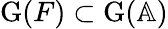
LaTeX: \mathrm{G}(F)\subset\mathrm{G}(\mathbb{A})